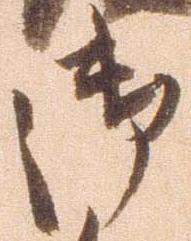
御